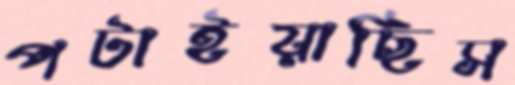
পটাইয়াছিস